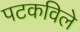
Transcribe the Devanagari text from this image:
पटकविले